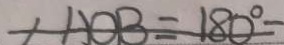
+ A O B = 1 8 0 ^ { \circ } -